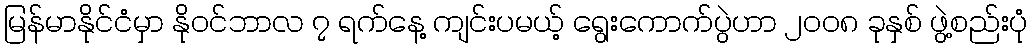
မြန်မာနိုင်ငံမှာ နိုဝင်ဘာလ ၇ ရက်နေ့ ကျင်းပမယ့် ရွေးကောက်ပွဲဟာ ၂၀၀၈ ခုနှစ် ဖွဲ့စည်းပုံ